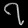
Digit: ၇